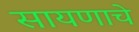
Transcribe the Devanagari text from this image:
सायणाचे